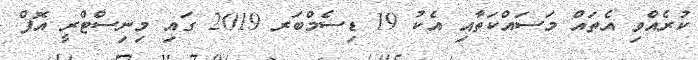
ކުރެއްވި އެތައް މަސައްކަތާއި އެކު 19 ޑިސެމްބަރ 2019 ގައި މިނިސްޓްރީ އޮފް